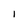
Character: I